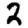
Digit: 2